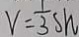
V = \frac { 1 } { 3 } s h